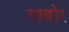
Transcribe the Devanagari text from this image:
गाबोर